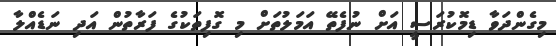
މިގެންދަވާ ޑިމޮކުރަސީ އަށް ނުފެތޭ އަމަލުތަށް މި ގޮފިތަކުގެ ފަރާތުން އަދި ނަޑެއްލާ